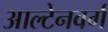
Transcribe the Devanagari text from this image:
आल्टेनवर्ग